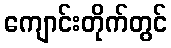
ကျောင်းတိုက်တွင်